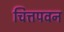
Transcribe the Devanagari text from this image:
चित्तपवन